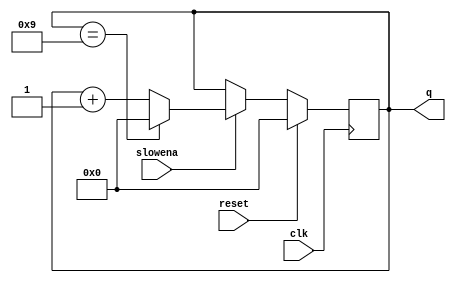
module top_module (
    input clk,
    input slowena,
    input reset,
    output [3:0] q);

    always @(posedge clk) begin
        if(reset)
            q <= 0;
        else begin
            if(slowena) begin
                if(q == 9)
                    q <= 0;
                else 
                    q <= q + 1;
            end
        end
    end
    
endmodule